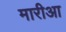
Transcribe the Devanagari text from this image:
मारीआ